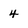
Character: 4